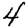
Digit: 4